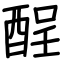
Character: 酲